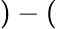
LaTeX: )-(